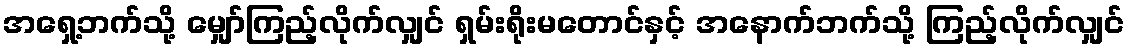
အရှေ့ဘက်သို့ မျှော်ကြည့်လိုက်လျှင် ရှမ်းရိုးမတောင်နှင့် အနောက်ဘက်သို့ ကြည့်လိုက်လျှင်